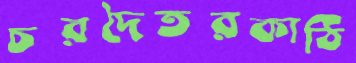
চরদৈতরকাঠি